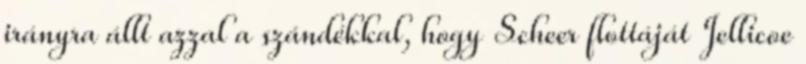
irányra állt azzal a szándékkal, hogy Scheer flottáját Jellicoe